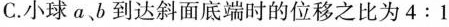
C.小球a、b到达斜面底端时的位移之比为4:1